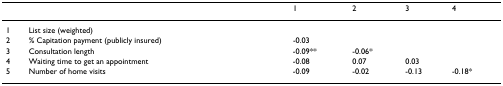
<table><thead><tr><td></td><td></td><td><b>1</b></td><td><b>2</b></td><td><b>3</b></td><td><b>4</b></td></tr></thead><tbody><tr><td>1</td><td>List size (weighted)</td><td></td><td></td><td></td><td></td></tr><tr><td>2</td><td>% Capitation payment (publicly insured)</td><td>-0.03</td><td></td><td></td><td></td></tr><tr><td>3</td><td>Consultation length</td><td>-0.09**</td><td>-0.06*</td><td></td><td></td></tr><tr><td>4</td><td>Waiting time to get an appointment</td><td>-0.08</td><td>0.07</td><td>0.03</td><td></td></tr><tr><td>5</td><td>Number of home visits</td><td>-0.09</td><td>-0.02</td><td>-0.13</td><td>-0.18*</td></tr></tbody></table>